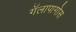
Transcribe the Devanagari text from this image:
गॅलापागोस